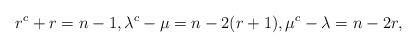
LaTeX: \begin{align*}r^c+r=n-1,\lambda^c-\mu=n-2(r+1), \mu^c-\lambda=n-2r, \end{align*}